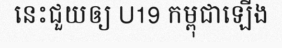
នេះជួយឲ្យ U19 កម្ពុជាឡើង